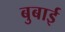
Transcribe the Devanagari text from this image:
बुबाई